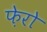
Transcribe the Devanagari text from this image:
फ़ेरो